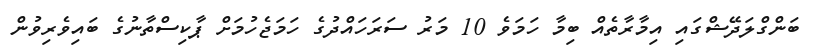
ބަންގްލަދޭޝްގައި އިމާރާތެއް ބިމާ ހަމަވެ 10 މަރު ސަރަހައްދުގެ ހަމަޖެހުމަށް ޕާކިސްތާނުގެ ބައިވެރިވުން